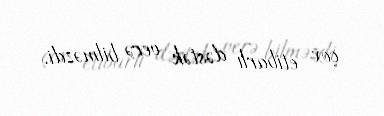
çox etibarlı dəstək verə bilməzdi.